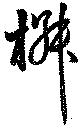
椒